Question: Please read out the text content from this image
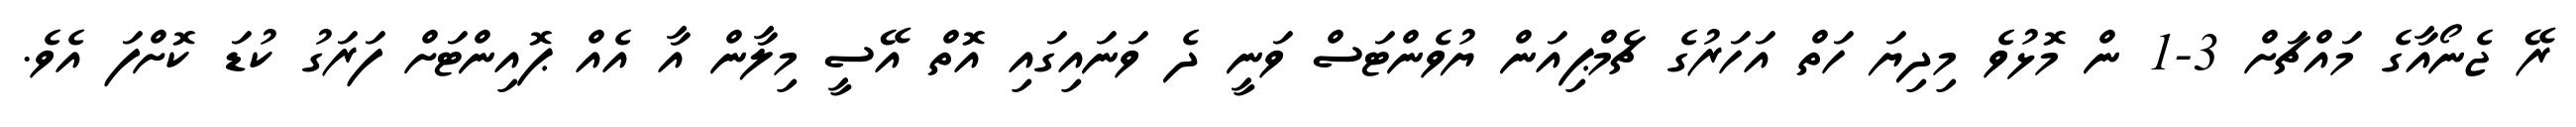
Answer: ރޭ ޖެނޯއާގެ މައްޗަށް 3-1 ން މޮޅުވެ މިދިޔަ ހަތް އަހަރުގެ ޗެމްޕިއަން ޔުވެންޓަސް ވަނީ ދެ ވަނައިގައި އޮތް އޭސީ މިލާން އާ އެއް ޕޮއިންޓަށް ފަރަގު ކުޑަ ކޮށްފަ އެވެ.